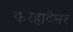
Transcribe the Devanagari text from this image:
करहाटेश्वर